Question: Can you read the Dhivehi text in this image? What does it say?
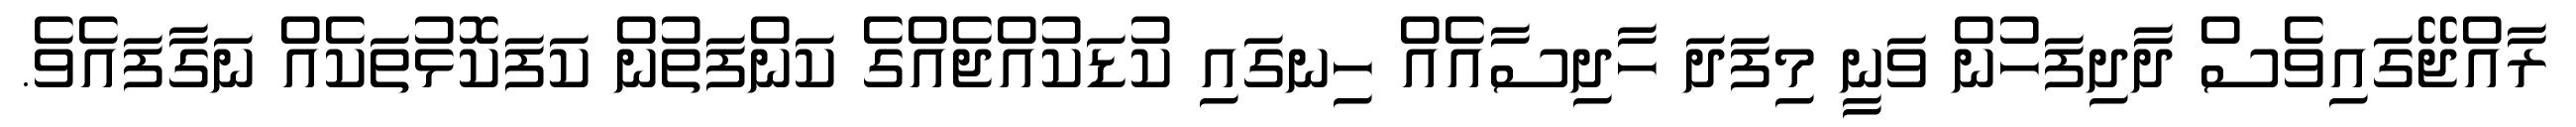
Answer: ރާއްޖޭގައިވެސް ދާދިފަހުން ވަނީ މިފަދަ ހާދިސާއެއް ހިނގައި ކުޑަކުއްޖެއްގެ ކަންފަތުން ކަފަކޮޅުތަކެއް ނަގާފައެވެ.